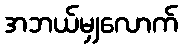
အဘယ်မျှလောက်